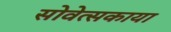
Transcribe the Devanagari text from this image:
सोवेत्सकाया